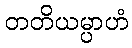
တတိယမ္ပာဟံ